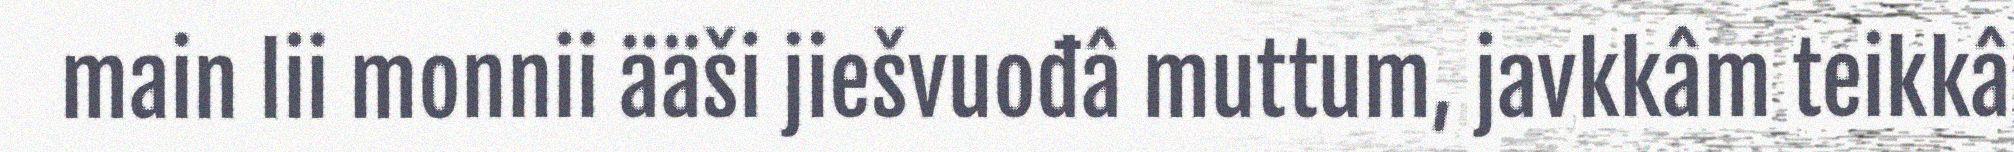
main lii monnii ääši jiešvuođâ muttum, javkkâm teikkâ